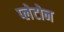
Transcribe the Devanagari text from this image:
प्लेटोन